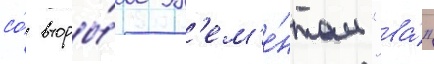
со́ вторы́м эл'ем'е́нтом "ва́"